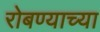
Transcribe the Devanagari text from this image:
रोबण्याच्या